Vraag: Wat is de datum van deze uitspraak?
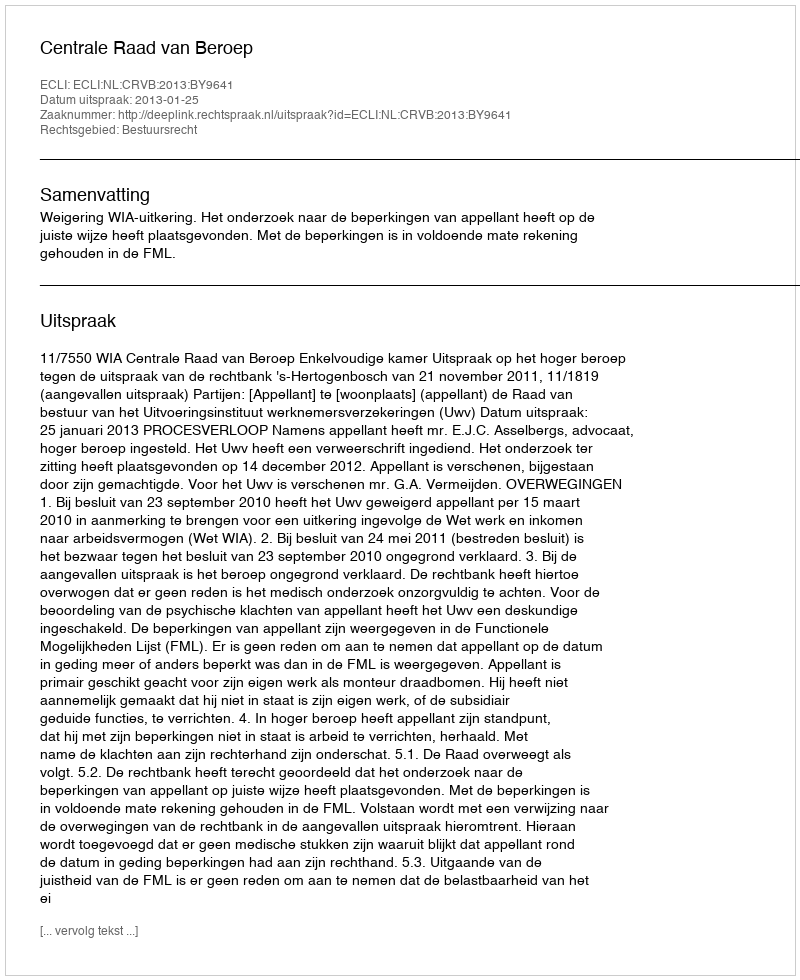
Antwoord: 2013-01-25